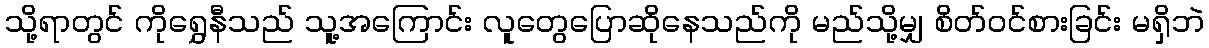
သို့ရာတွင် ကိုရွှေနီသည် သူ့အကြောင်း လူတွေပြောဆိုနေသည်ကို မည်သို့မျှ စိတ်ဝင်စားခြင်း မရှိဘဲ